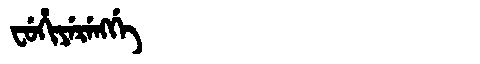
Manchu: ᠸᡠᡥᡳᠶᡝᡵᡝᠩᡤᡝ
Romanization: FUHIYERENGGE